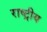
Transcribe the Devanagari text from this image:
राष्ट्रीय